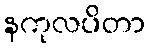
နကုလပိတာ